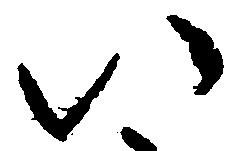
い